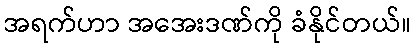
အရက်ဟာ အအေးဒဏ်ကို ခံနိုင်တယ်။